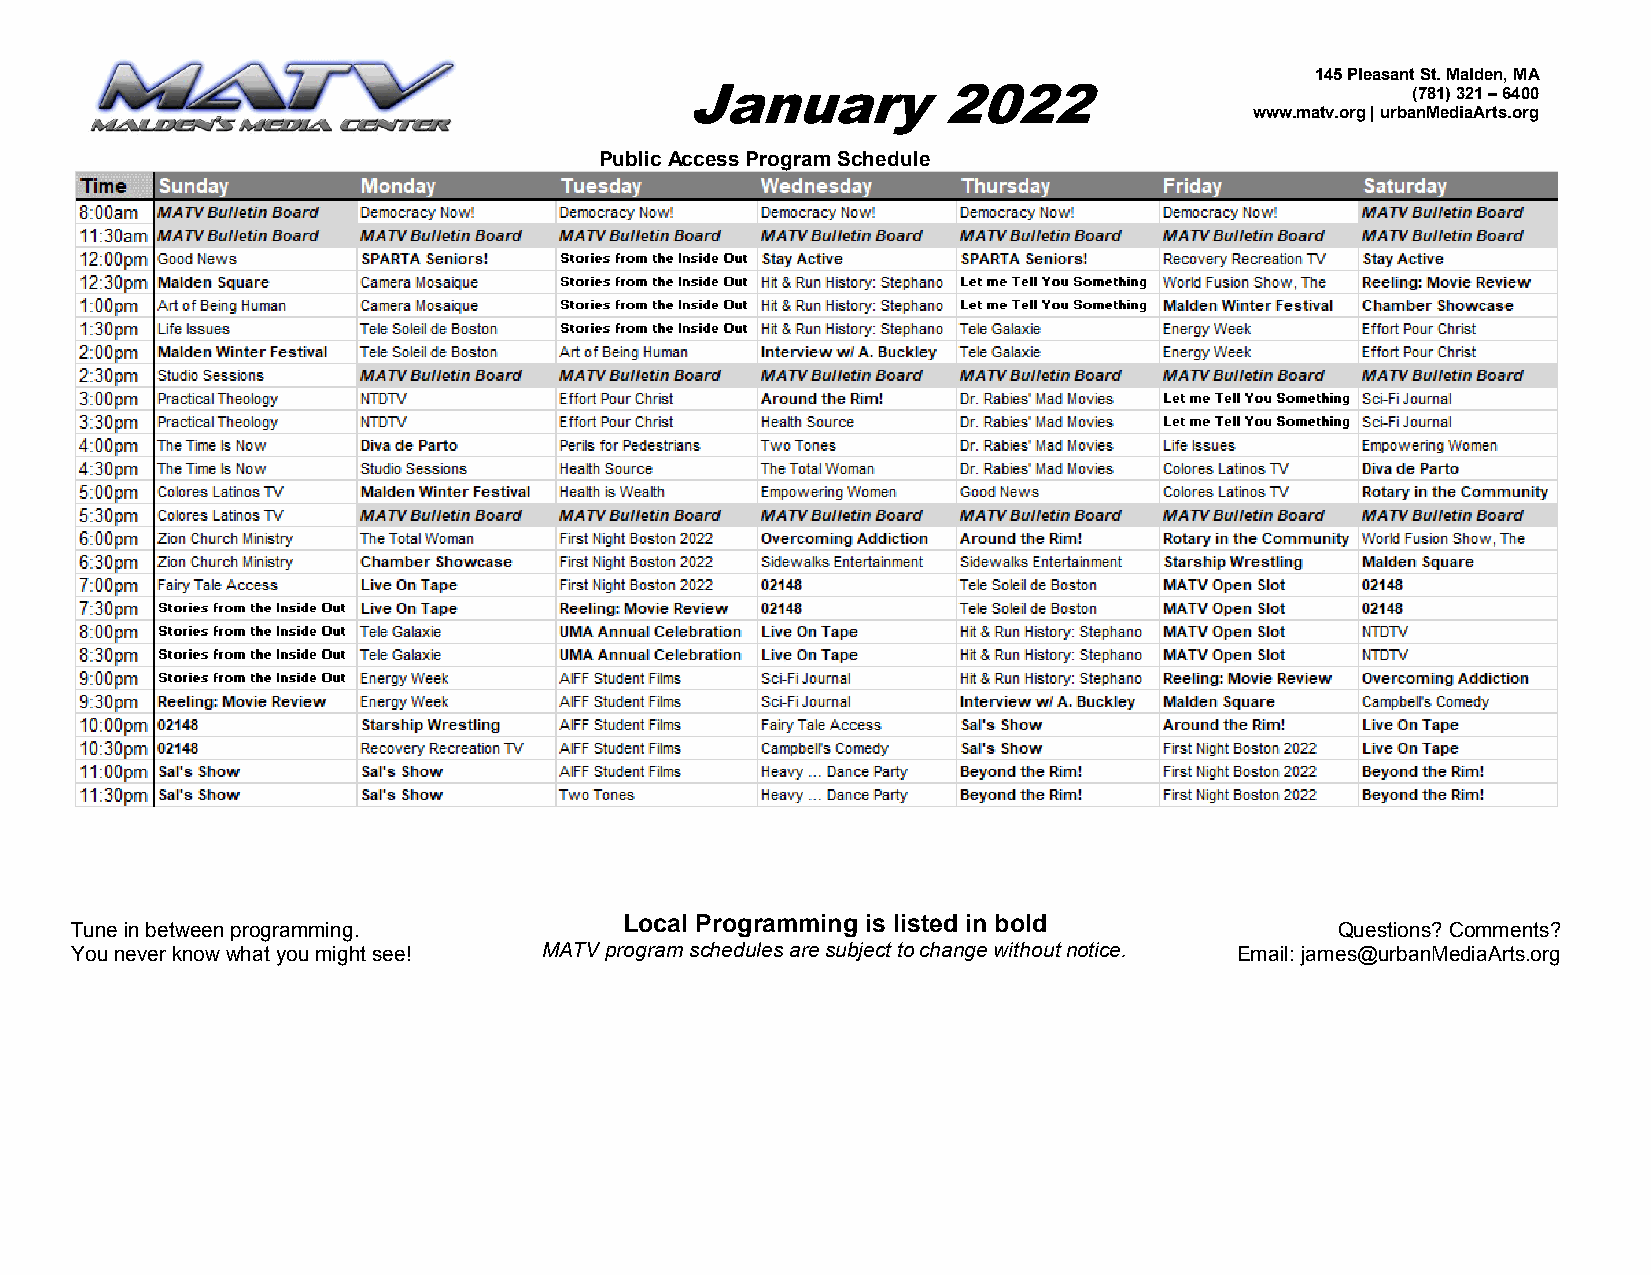
145 Pleasant St. Malden, MA
 January          2022                           (781) 321 – 6400
 www.matv.org | urbanMediaArts.org
 Public Access Program Schedule
 Local Programming is listed in bold
 Tune in b etween programming.                                                      Questions? Comments?
 You never know what you might see! MATV program schedules are subject to change without notice. Email: james@urbanMediaArts.org